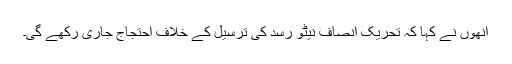
اُنھوں نے کہا کہ تحریک انصاف نیٹو رسد کی ترسیل کے خلاف احتجاج جاری رکھے گی۔